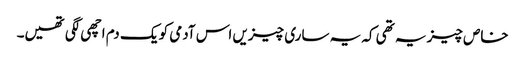
خاص چیز یہ تھی کہ یہ ساری چیزیں اس آدمی کو یک دم اچھی لگی تھیں۔